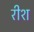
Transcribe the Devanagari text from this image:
रीश